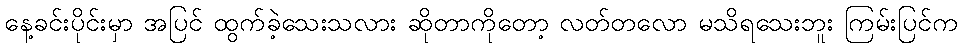
နေ့ခင်းပိုင်းမှာ အပြင် ထွက်ခဲ့သေးသလား ဆိုတာကိုတော့ လတ်တလော မသိရသေးဘူး ကြမ်းပြင်က